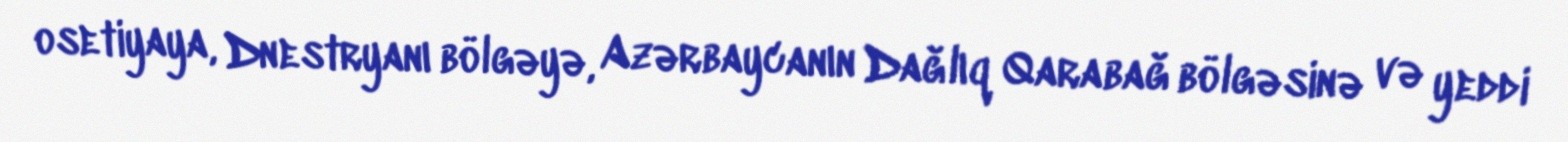
osetiyaya, Dnestryanı bölgəyə, Azərbaycanın Dağlıq Qarabağ bölgəsinə və yeddi